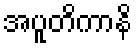
အပူတိကာနိ